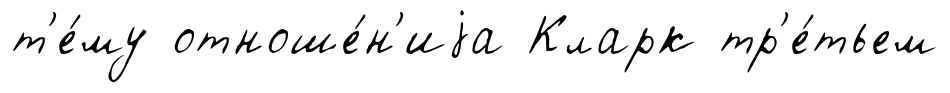
т'е́му отноше́н'иjа Кларк тр'е́тьем